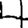
Digit: 4